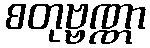
စတုဗ္ဗဏ္ဏာ